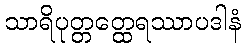
သာရိပုတ္တတ္ထေရဿာပဒါနံ